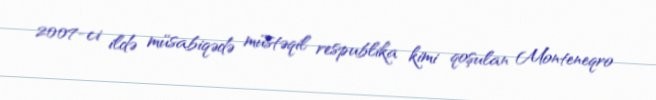
2007-ci ildə müsabiqədə müstəqil respublika kimi qoşulan Monteneqro